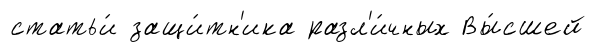
статьи́ защи́тн'ика разл'и́чных Вы́сшей